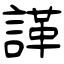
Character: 諽